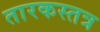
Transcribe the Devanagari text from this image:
तारकस्तत्र